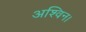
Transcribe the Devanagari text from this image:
अश्विन।